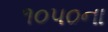
૧૦૫૦ના